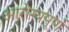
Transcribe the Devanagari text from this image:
आरोग्यपूर्ण